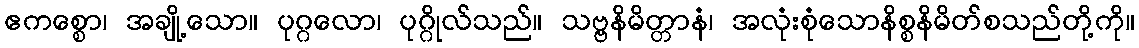
ဧကစ္စော၊ အချို့သော။ ပုဂ္ဂလော၊ ပုဂ္ဂိုလ်သည်။ သဗ္ဗနိမိတ္တာနံ၊ အလုံးစုံသောနိစ္စနိမိတ်စသည်တို့ကို။